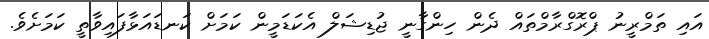
އައި ތަމްރީނު ޕްރޮގްރާމްތައް ދެން ހިންގާނީ ޖުޑިޝަލް އެކަޑަމީން ކަމަށް ކަނޑައަޅާފައިވާތީ ކަމަށެވެ.